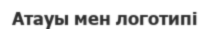
Атауы мен логотипі